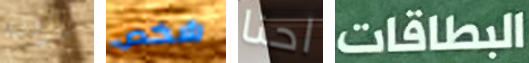
متوازن شخص احنا البطاقات